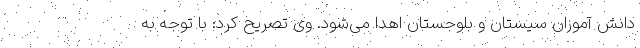
دانش آموزان سیستان و بلوجستان اهدا می‌شود. وی تصریح کرد: با توجه به